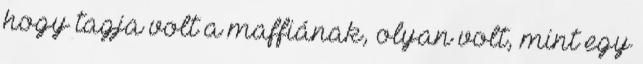
hogy tagja volt a maffiának, olyan volt, mint egy